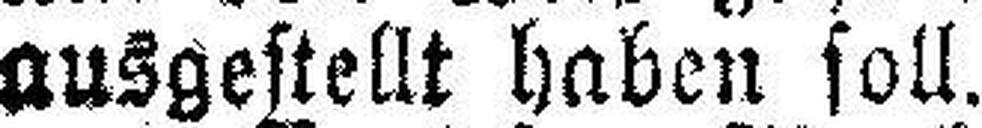
ausgestellt haben soll.